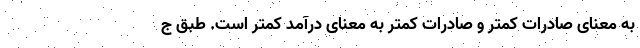
به معنای صادرات کمتر و صادرات کمتر به معنای درآمد کمتر است. طبق ج